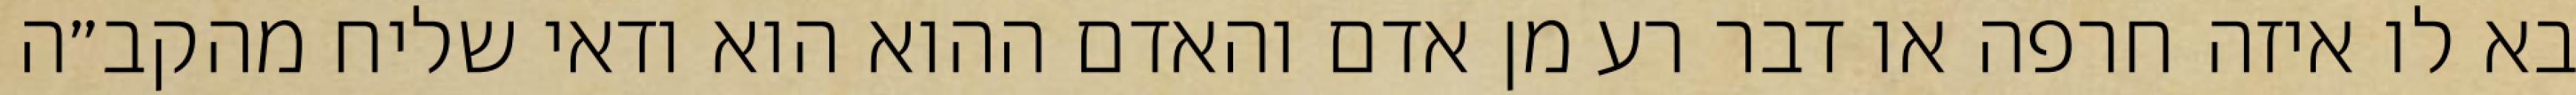
בא לו איזה חרפה או דבר רע מן אדם והאדם ההוא הוא ודאי שליח מהקב״ה